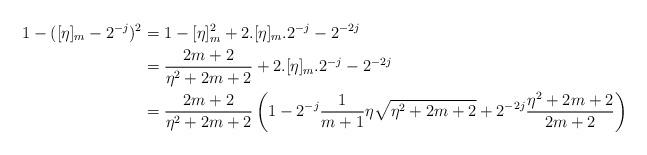
LaTeX: \begin{align*}1-([\eta]_{m}-2^{-j})^2&=1-[\eta]_{m}^2+2.[\eta]_{m}.2^{-j}-2^{-2j}\\&=\frac{2m+2}{\eta^2+2m+2}+2.[\eta]_{m}.2^{-j}-2^{-2j}\\&=\frac{2m+2}{\eta^2+2m+2}\left(1-2^{-j}\frac{1}{m+1}\eta\sqrt{\eta^2+2m+2} +2^{-2j}\frac{\eta^2+2m+2}{2m+2}\right)\end{align*}